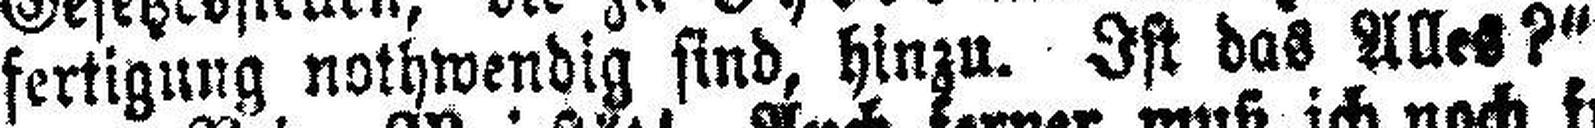
fertigung nothwendig sind, hinzu. Ist das Alles?“